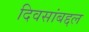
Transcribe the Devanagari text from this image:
दिवसांबद्दल